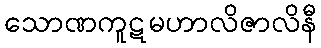
သောဏကူဋမဟာလိဇာလိနီ